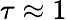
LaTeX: \tau\approx 1